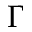
\Gamma